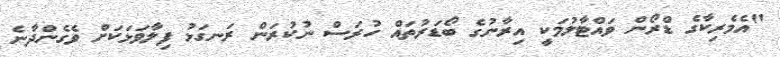
"އެމެރިކާގެ ޑްރޯން ވައްޓާލުމަކީ އިރާނުގެ ބޯޑަރުތައް ހުރަސް ނުކުރަން ރަނގަޅު ފިލާވަޅަކަށް ވެގެންދާނެ